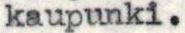
kaupunki.